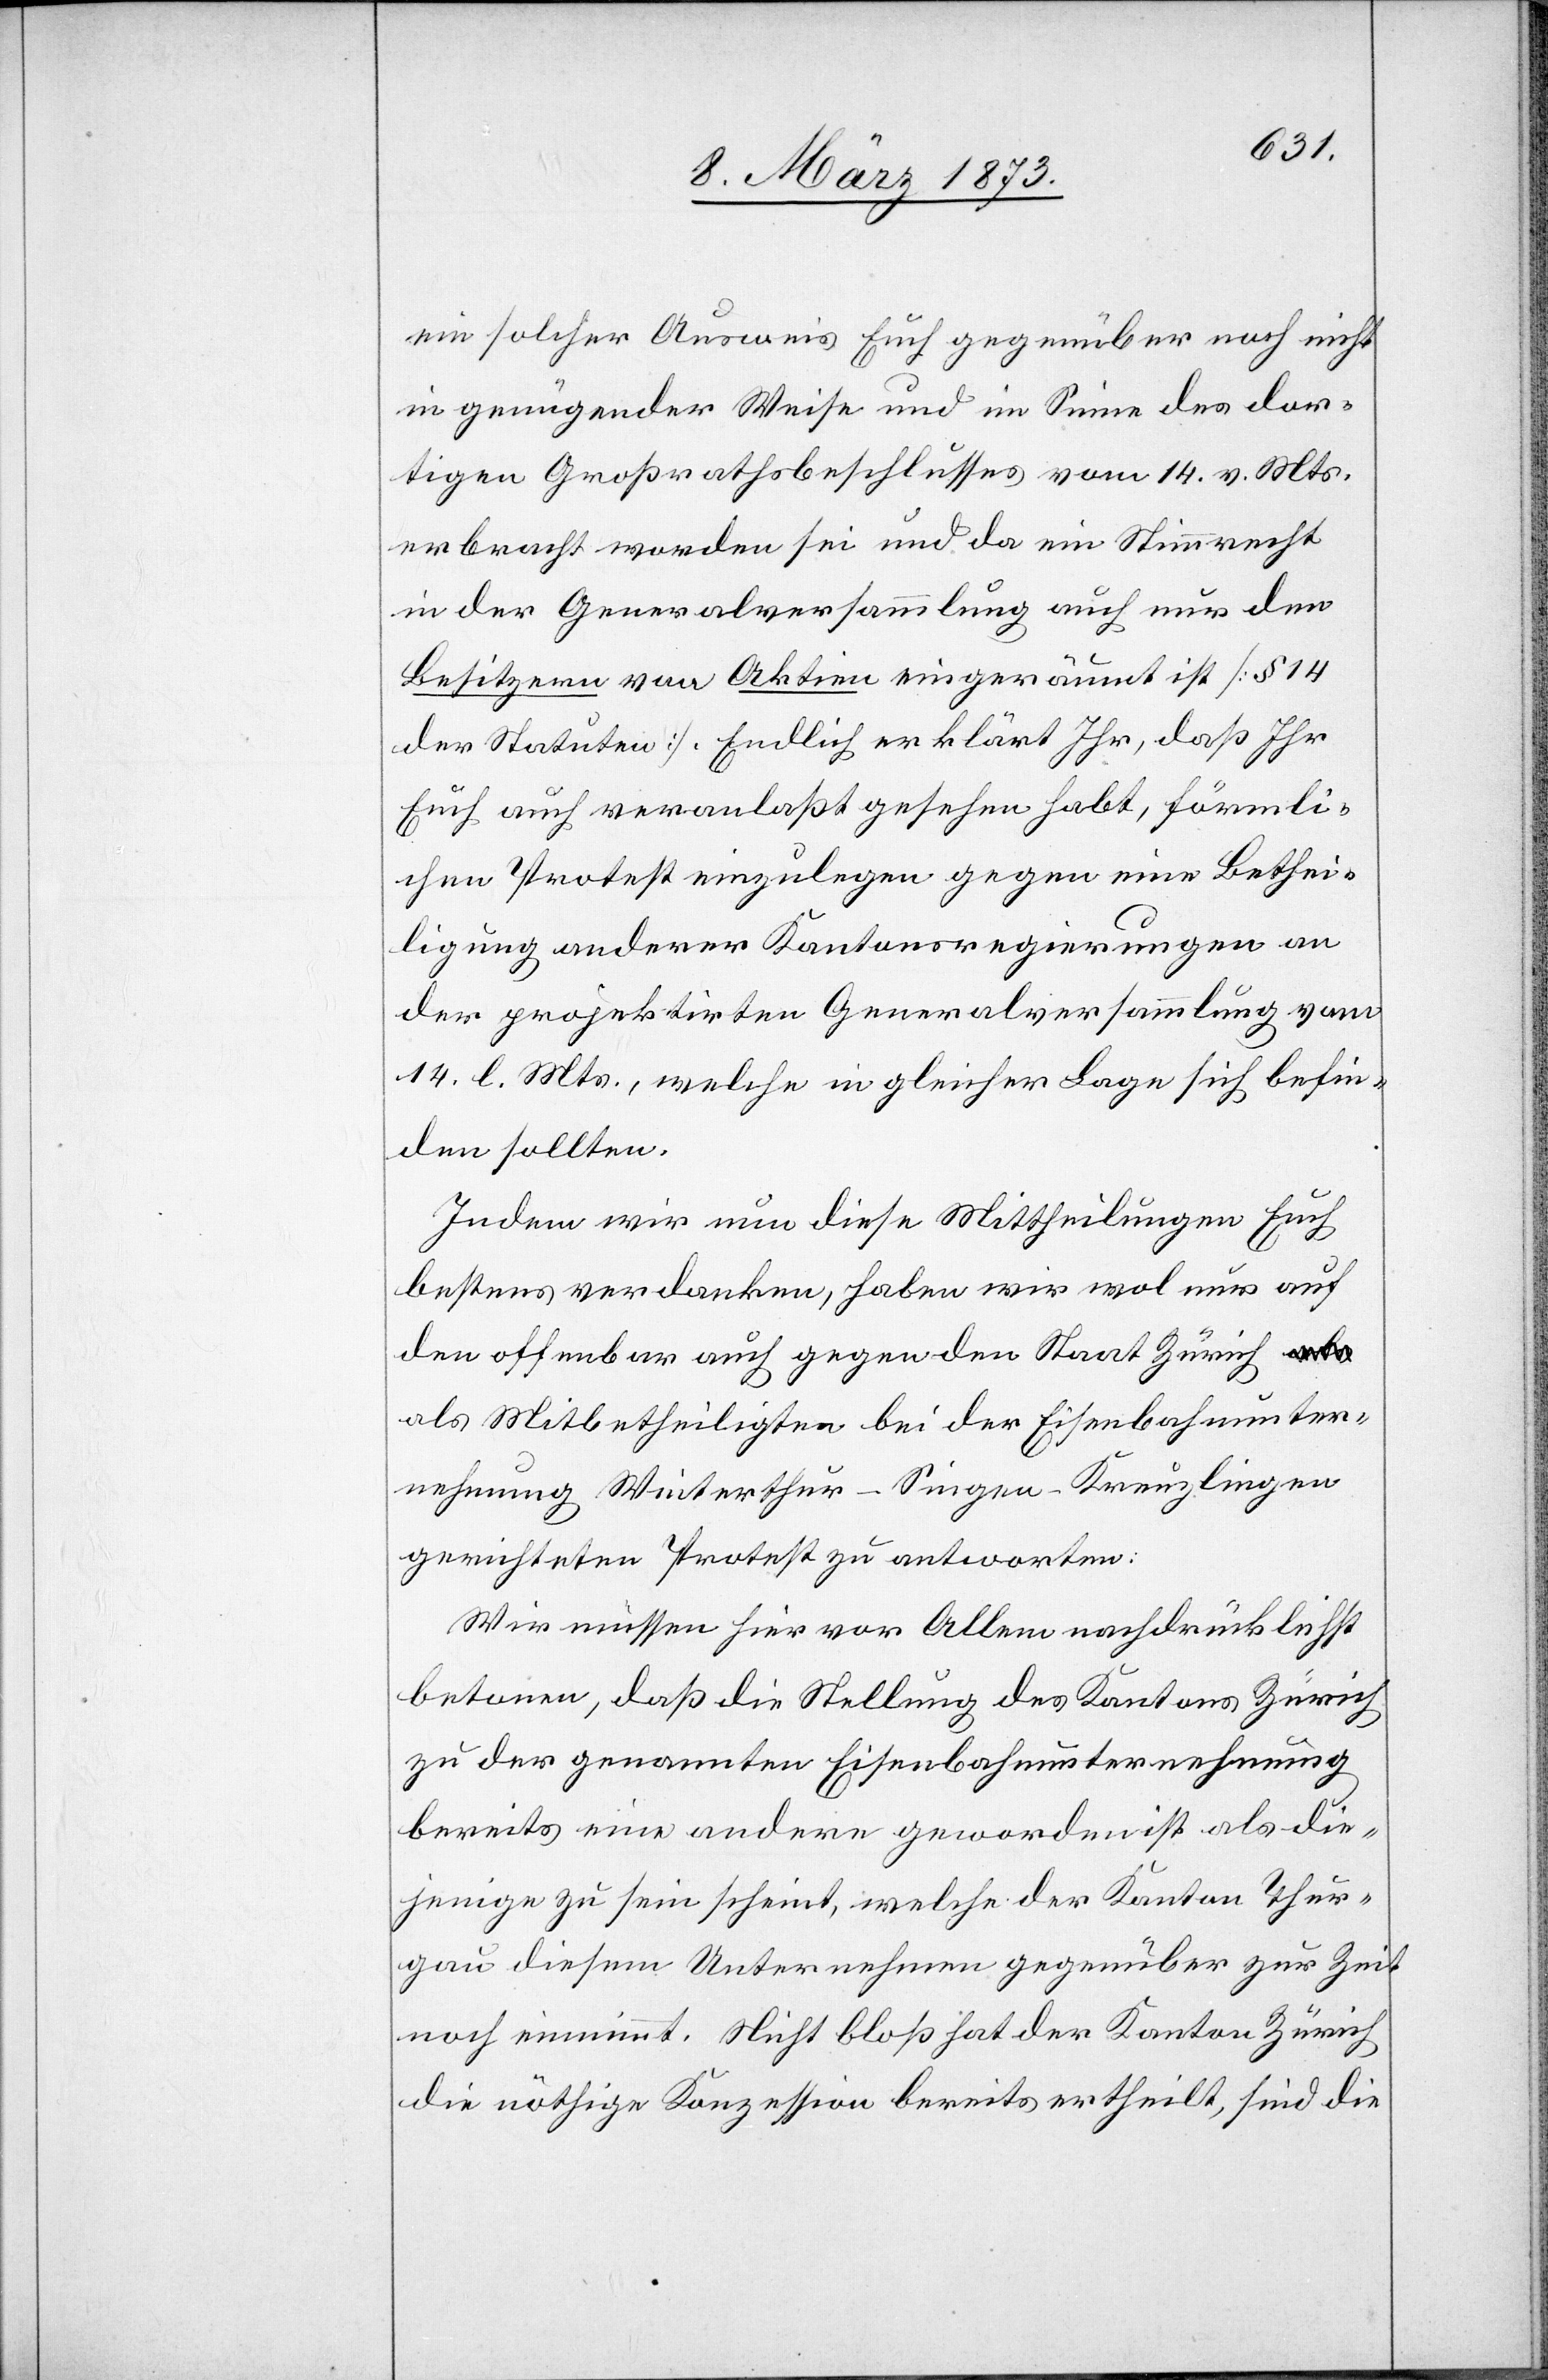
ein solcher Ausweis Euch gegenüber noch nicht
in genügender Weise und im Sinne des dor¬
tigen Großrathsbeschlusses vom 14. v. Mts.
erbracht worden sei und da ein Stimmrecht
in der Generalversammlung auch nur dem
Besitzer von Aktien eingeräumt ist [§ 14
der Statuten]. Endlich erklärt Ihr, daß Ihr
Euch auch veranlaßt gesehen habt, förmli¬
chen Protest einzulegen gegen eine Bethei¬
ligung anderer Kantonsregierungen an
der projektirten Generalversammlung vom
14. l. Mts., welche in gleicher Lage sich befin¬
den sollten.
Indem wir nun diese Mittheilungen Euch
bestens verdanken, haben wir wol nur auf
den offenbar auch gegen den Staat Zürich a¬
ls Mitbetheiligten bei der Eisenbahnunter¬
nehmung Winterthur–Singen–Kreuzlingen
gerichteten Protest zu antworten:
Wir müssen hier vor Allem nachdrücklichst
betonen, daß die Stellung des Kantons Zürich
zu der genannten Eisenbahnunternehmung
bereits eine andere geworden ist als die¬
jenige zu sein scheint, welche der Kanton Thur¬
gau diesem Unternehmen gegenüber zur Zeit
noch einnimmt. Nicht bloß hat der Kanton Zürich
die nöthige Konzession bereits ertheilt, sind die